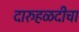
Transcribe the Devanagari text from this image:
दारुहळदीचा